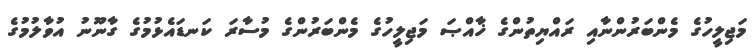
މަޖިލީހުގެ މެންބަރުންނާއި ރައްޔިތުންގެ ޚާއްޞަ މަޖިލީހުގެ މެންބަރުންގެ މުސާރަ ކަނޑައެޅުމުގެ ގާނޫނު އުވާލުމުގެ